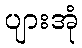
ပျားအုံ